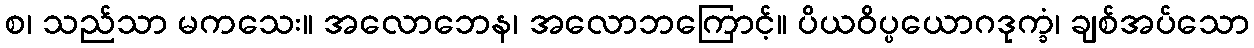
စ၊ သည်သာ မကသေး။ အလောဘေန၊ အလောဘကြောင့်။ ပိယဝိပ္ပယောဂဒုက္ခံ၊ ချစ်အပ်သော